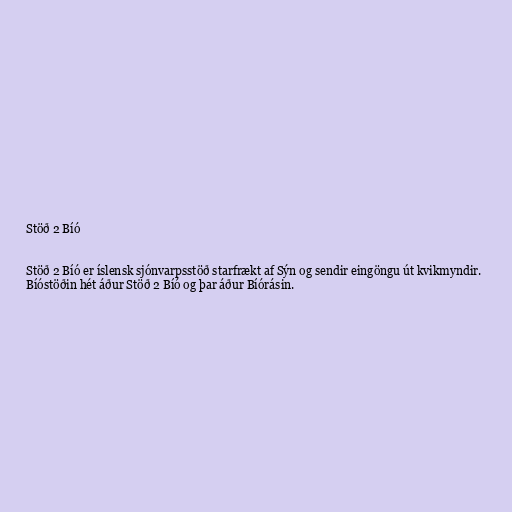
Stöð 2 Bíó

Stöð 2 Bíó er íslensk sjónvarpsstöð starfrækt af Sýn og sendir eingöngu út kvikmyndir.
Bíóstöðin hét áður Stöð 2 Bíó og þar áður Bíórásin.